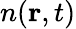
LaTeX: n(\mathbf{r},t)